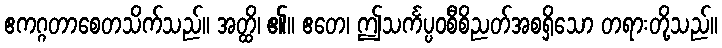
ဧကဂ္ဂတာစေတသိက်သည်။ အတ္ထိ၊ ၏။ ဧတေ၊ ဤသင်္ကပ္ပဝစီစိညတ်အစရှိသော တရားတို့သည်။